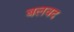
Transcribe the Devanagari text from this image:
बलवद